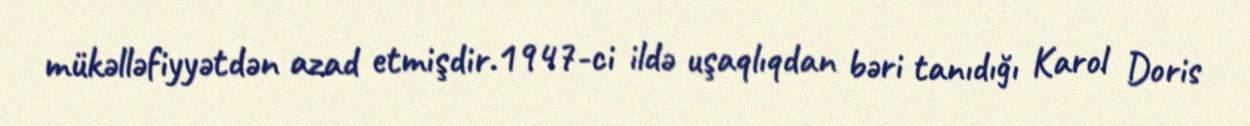
mükəlləfiyyətdən azad etmişdir.1947-ci ildə uşaqlıqdan bəri tanıdığı Karol Doris